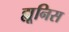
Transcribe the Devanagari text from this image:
ह्यूनिस